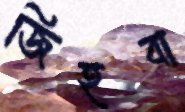
জিহবা